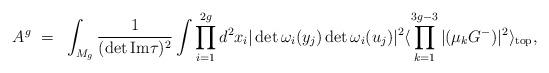
LaTeX: \begin{align*}A^{g}~=~\int_{M_g}\frac{1}{(\det \rm{Im}\tau)^{2}}\int\prod_{i=1}^{2g}d^{2}x_{i} |\det{\omega_{i}(y_j)}\det{\omega_{i}(u_{j})}|^2\langle \prod_{k=1}^{3g-3}|(\mu_k G^{-})|^2\rangle_{\rm top},\end{align*}